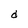
Character: d